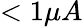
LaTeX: <1\mu A